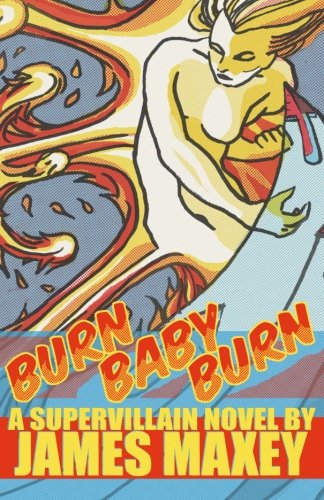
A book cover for Burn Baby Burn: A Supervillain Novel (Volume 1); James Maxey; Science Fiction & Fantasy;